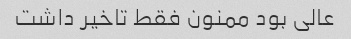
عالی بود ممنون فقط تاخیر داشت